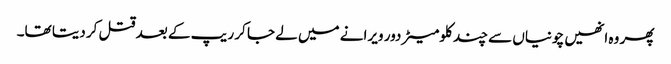
پھر وہ انھیں چونیاں سے چند کلومیٹر دور ویرانے میں لے جا کر ریپ کے بعد قتل کر دیتا تھا۔